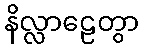
နိလ္လာဠေတွာ